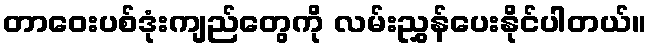
တာဝေးပစ်ဒုံးကျည်တွေကို လမ်းညွှန်ပေးနိုင်ပါတယ်။